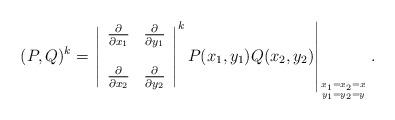
LaTeX: \begin{align*}(P,Q)^{k}=\left.\left|\begin{array}{cc}{\partial\over\partial x_{1}}&{\partial\over\partial y_{1}}\\ \ \\{\partial\over\partial x_{2}}&{\partial\over\partial y_{2}} \end{array}\right|^{k}P(x_{1},y_{1})Q(x_{2},y_{2})\right|_{x_{1}=x_{2}=x\atop{}y_{1}=y_{2}=y}.\end{align*}